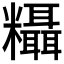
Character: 𬗂